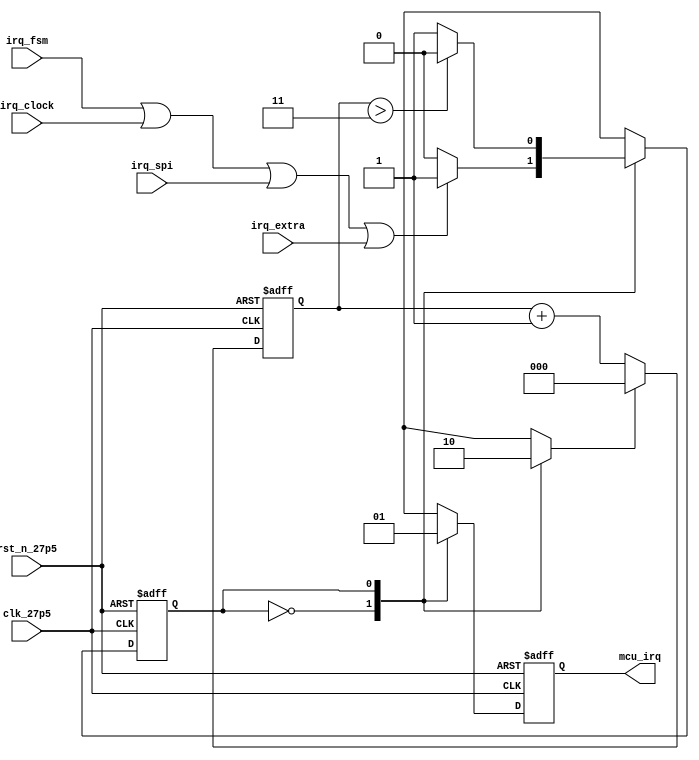
/////////////////////////////////////////////////////////////////////////////////////
//                                                                                 //
// Module: IRQ Merging and Pulse Stretching                                        //
//                                                                                 //
//                                                                                 //
// Copyright Superlative Semiconductor LLC 2021                                    //
// This source describes Open Hardware and is licensed under the CERN-OHL-P v2     //
// You may redistribute and modify this documentation and make products            //
// using it under the terms of the CERN-OHL-P v2 (https:/cern.ch/cern-ohl).        //
// This documentation is distributed WITHOUT ANY EXPRESS OR IMPLIED                //
// WARRANTY, INCLUDING OF MERCHANTABILITY, SATISFACTORY QUALITY                    //
// AND FITNESS FOR A PARTICULAR PURPOSE. Please see the CERN-OHL-P v2              //
// for applicable conditions.                                                      //
//                                                                                 //
// Description: This function merges the fsm_irq, clock_stop_irq,                  //
// and spi_master_irq into the IRQ pin.                                            //
// Furthermore, the IRQ pulse is lengthened in case the MCU has                    //
// trouble seeing it.                                                              //
//                                                                                 //
/////////////////////////////////////////////////////////////////////////////////////

module irq_merge(
    input    wire    irq_fsm,
    input    wire    irq_clock,
    input    wire    irq_spi,
    input    wire    irq_extra,
    input    wire    clk_27p5,
    input    wire    rst_n_27p5,
    output   reg     mcu_irq
);

localparam    STATE_IDLE=1'b0;
localparam    STATE_ASRT=1'b1;

wire                 irq_merge;
reg                  state, state_next, counter_clr, mcu_irq_next;
reg        [2:0]     counter;

assign    irq_merge    =    irq_fsm || irq_clock || irq_spi || irq_extra;

always @(*) begin
    //Defaults
    state_next        =    state;
    counter_clr       =    1'b1;
    mcu_irq_next      =    1'b0;

    case(state)
        STATE_IDLE: begin
            if(irq_merge)
                state_next    =    STATE_ASRT;
        end
        STATE_ASRT: begin
            mcu_irq_next    =    1'b1;
            counter_clr     =    1'b0;
            if(counter > 3'd3)
                state_next    =    STATE_IDLE;
        end
    endcase
end

//This behavior guarantees streched pulses but we can still get a 
//minimum low time of one clock cycle.
//This is OK though because the MCU software should respond to two IRQs the same as one IRQ.
//Also, the MCU will have deglitching registers on its inputs.
//Whether it sees the low pulse or not is irrelevant to us.

always @(posedge clk_27p5 or negedge rst_n_27p5)    begin
    if(!rst_n_27p5)    begin
        counter        <=    3'b0;
        mcu_irq        <=    1'b0;
        state          <=    STATE_IDLE;
    end    else begin
        if(counter_clr)
            counter    <=    3'b0;
        else
            counter    <=    counter + 3'd1;
            
        mcu_irq        <=    mcu_irq_next;
        state          <=    state_next;
    end
end

endmodule